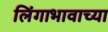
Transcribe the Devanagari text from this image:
लिंगाभावाच्या